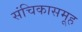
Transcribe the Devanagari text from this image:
संचिकासमूह